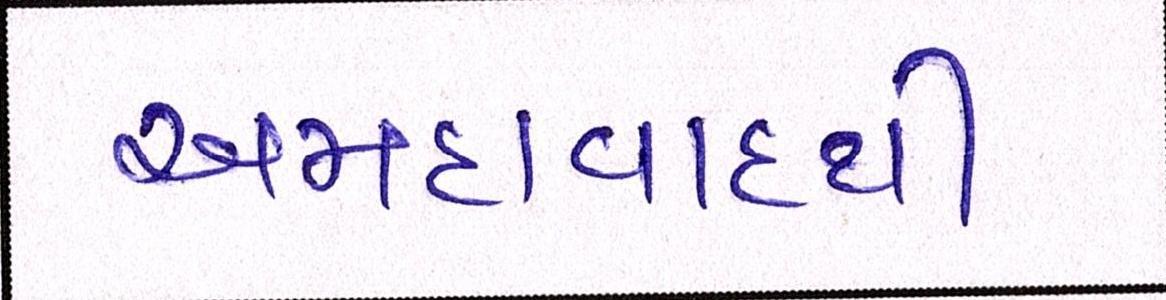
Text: અમદાવાદથી